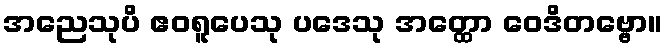
အညေသုပိ ဧဝရူပေသု ပဒေသု အတ္ထော ဝေဒိတဗ္ဗော။